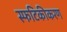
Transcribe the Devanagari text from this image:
स्फटिकीकरण